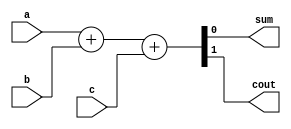
module fulladder(a,b,c,sum,cout);

    input a,b,c;
    output sum,cout;
  	assign {cout,sum} = a+b+c;
    

endmodule